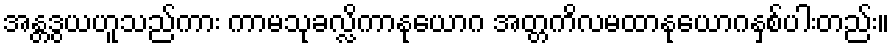
အန္တဒွယဟူသည်ကား ကာမသုခလ္လိကာနုယောဂ အတ္တကိလမထာနုယောဂနှစ်ပါးတည်း။